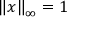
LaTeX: \left\| x \right\| _ { \infty } = 1